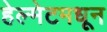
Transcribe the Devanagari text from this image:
हेल्मेटमधून